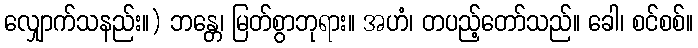
လျှောက်သနည်း။) ဘန္တေ၊ မြတ်စွာဘုရား။ အဟံ၊ တပည့်တော်သည်။ ခေါ၊ စင်စစ်။